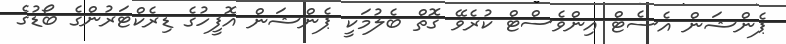
ޕެންޝަން އެސެޓް އިންވެސްޓް ކުރެވޭ ގޮތް ބެލުމަކީ ޕެންޝަން އޮފީހުގެ ޑިރެކްޓަރުންގެ ބޯޑުގެ